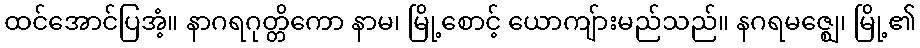
ထင်အောင်ပြအံ့။ နာဂရဂုတ္တိကော နာမ၊ မြို့စောင့် ယောကျ်ားမည်သည်။ နဂရမဇ္ဈေ၊ မြို့၏